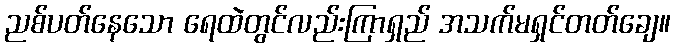
ညစ်ပတ်နေသော ရေထဲတွင်လည်းကြာရှည် အသက်မရှင်တတ်ချေ။